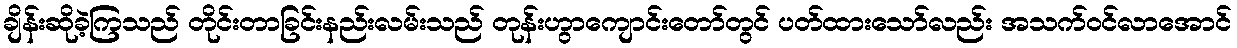
ချိန်းဆိုခဲ့ကြသည် တိုင်းတာခြင်းနည်းလမ်းသည် တုန်းဟွာကျောင်းတော်တွင် ပတ်ထားသော်လည်း အသက်ဝင်လာအောင်